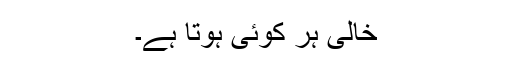
خالی ہر کوئی ہوتا ہے۔